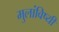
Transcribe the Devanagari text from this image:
मुलांविष्यी